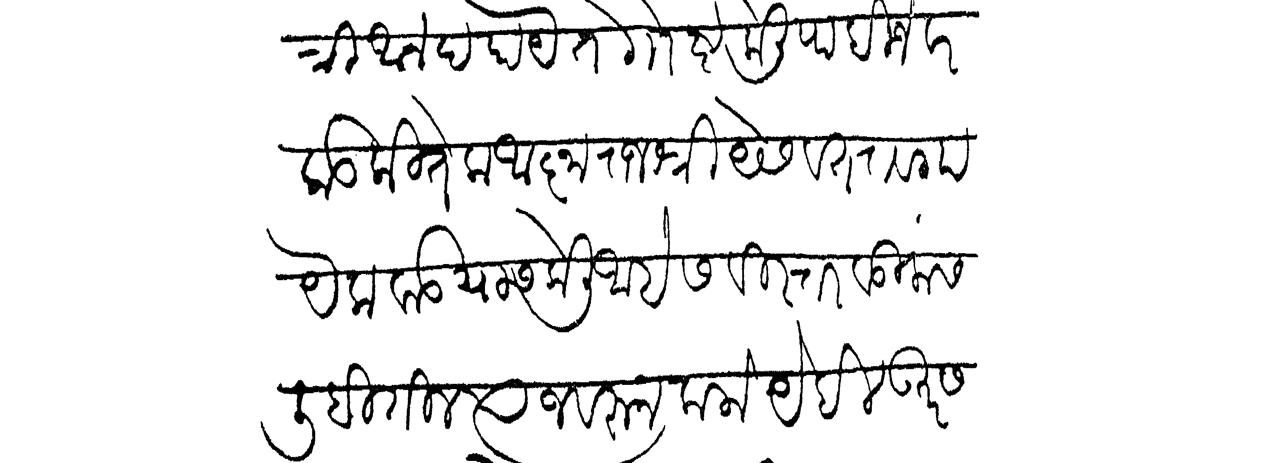
Transliteration (Devanagari): त्री आनंद होये ते गोष्ट केली पाहिजे वरकड कितेक आज्ञा राजश्री येसवंतराव गायेकवाड यास केली आहे सविस्तर वडिलांस लिहितील त्याजवरून कलो येईल उतर स